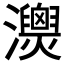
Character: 𤄚